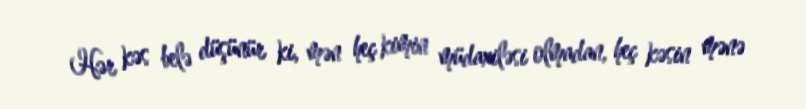
Hər kəs belə düşünür ki, mən heç kimin müdaxiləsi olmadan, heç kəsin mənə